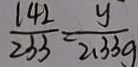
\frac { 1 4 2 } { 2 3 3 } = \frac { y } { 2 . 3 3 g }